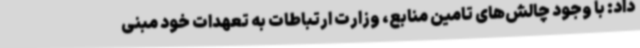
داد: با وجود چالش‌های تامین منابع، وزارت ارتباطات به تعهدات خود مبنی